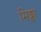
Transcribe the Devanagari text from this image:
मिड्ढा